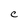
Character: C